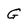
Character: G